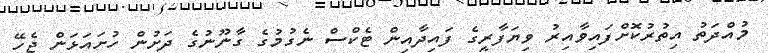
މުއްދަތު އިތުރުކޮށްފައިވާއިރު ވިޔަފާރީގެ ފައިދާއިން ޓެކްސް ނެގުމުގެ ގާނޫނުގެ ދަށުން ހުށައަޅަން ޖެހޭ